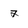
Character: 7